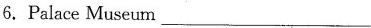
6.Palace Museum___